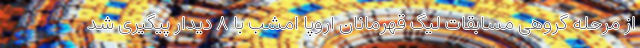
از مرحله گروهی مسابقات لیگ قهرمانان اروپا امشب با ۸ دیدار پیگیری شد